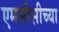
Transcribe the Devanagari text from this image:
एमसीसीच्या